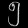
Digit: ၅